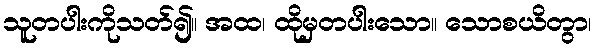
သူတပါးကိုသတ်၍။ အထ၊ ထိုမှတပါးသော။ သောစယိတွာ၊